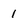
Character: 1